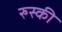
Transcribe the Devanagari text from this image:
रुस्की